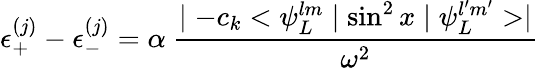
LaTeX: \epsilon_{+}^{(j)}-\epsilon_{-}^{(j)}=\alpha\ \frac{\mid-c_{k}<\psi_{L}^{lm}\mid\sin^{2}x\mid\psi_{L}^{l^{\prime}m^{\prime}}>\mid}{\omega^{2}}